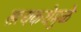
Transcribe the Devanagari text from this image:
सत्यकथेमुळे